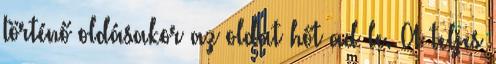
történő oldásakor az oldat hőt ad le. A teljes